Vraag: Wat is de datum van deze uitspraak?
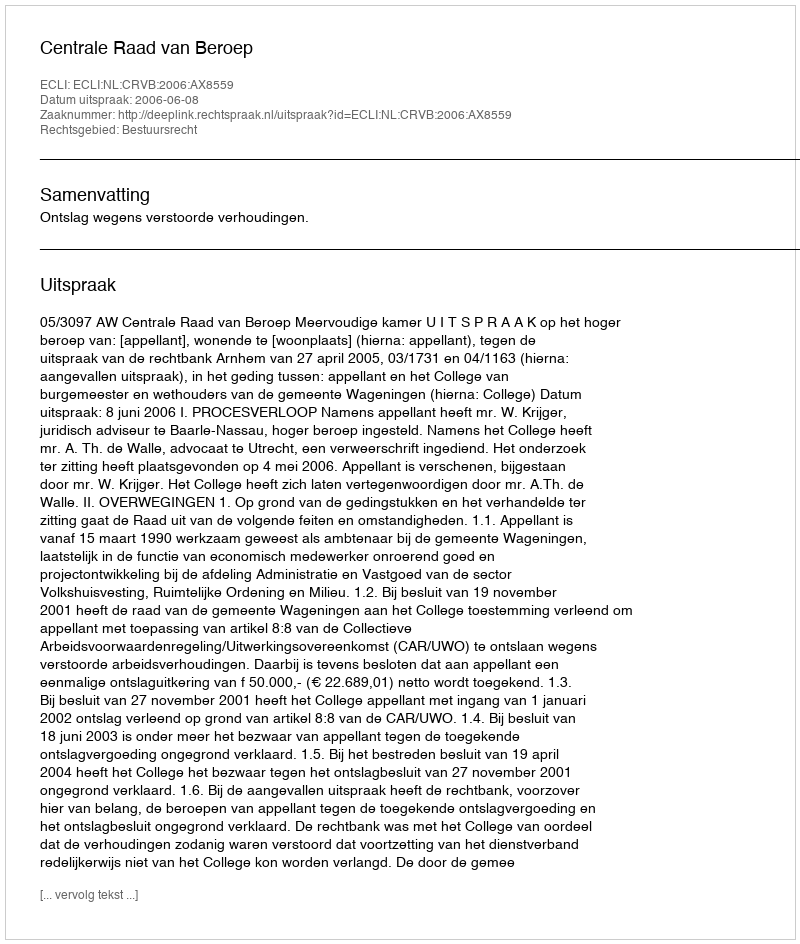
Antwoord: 2006-06-08